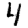
Digit: 4